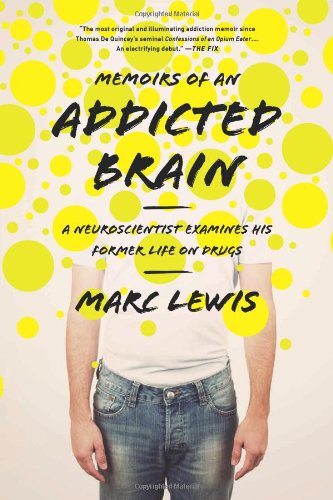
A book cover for Memoirs of an Addicted Brain: A Neuroscientist Examines his Former Life on Drugs; Marc Lewis PhD; Science & Math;